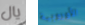
يال الأوروبية